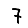
Digit: 7